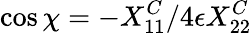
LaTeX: \cos\chi=-X_{11}^{C}/4\epsilon X_{22}^{C}